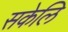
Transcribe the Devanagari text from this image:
सकेलि